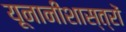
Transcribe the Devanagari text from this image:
यूनानीशास्त्रों